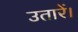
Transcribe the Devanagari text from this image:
उतारें।